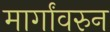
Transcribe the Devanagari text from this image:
मार्गांवरुन